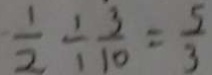
\frac { 1 } { 2 } \div \frac { 3 } { 1 0 } = \frac { 5 } { 3 }